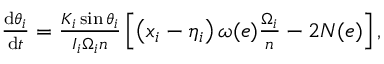
\begin{array} { r } { \frac { \mathrm { d } \theta _ { i } } { \mathrm { d } t } = \frac { K _ { i } \sin \theta _ { i } } { I _ { i } \Omega _ { i } n } \left[ \left( x _ { i } - \eta _ { i } \right) \omega ( e ) \frac { \Omega _ { i } } { n } - 2 N ( e ) \right] , } \end{array}